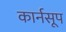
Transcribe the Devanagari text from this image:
कार्नसूप